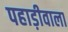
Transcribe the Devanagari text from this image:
पहाड़ीवाला